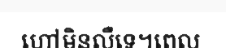
ហៅមិនលឺទេ។ពេល